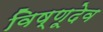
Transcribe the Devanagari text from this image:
विष्णूदेव